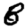
Digit: 8